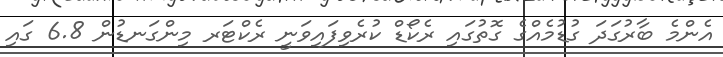
އެންމެ ބާރުގަދަ ގުޑުމެއްގެ ގޮތުގައި ރެކޯޑް ކުރެވިފައިވަނީ ރެކްޓަރ މިންގަނޑުން 6.8 ގައި